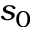
s _ { 0 }